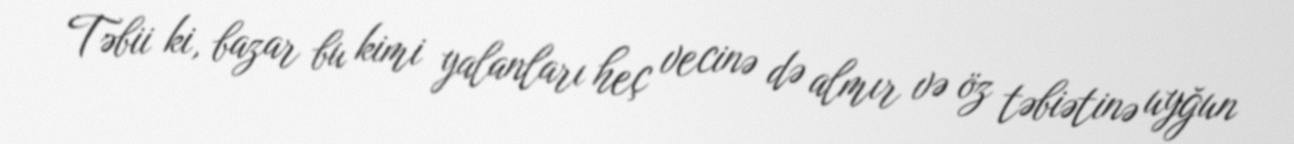
Təbii ki, bazar bu kimi yalanları heç vecinə də almır və öz təbiətinə uyğun